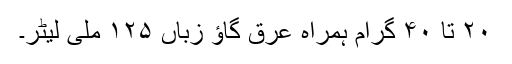
۲۰ تا ۴۰ گرام ہمراہ عرق گاؤ زباں ۱۲۵ ملی لیٹر۔